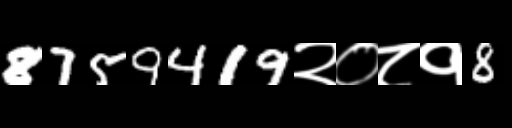
Text: 8759419२०८१8